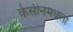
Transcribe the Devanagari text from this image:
केसीनमधला